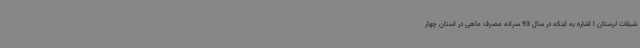
شیلات لرستان ا اشاره به اینکه در سال 93 سرانه مصرف ماهی در استان چهار